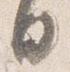
日